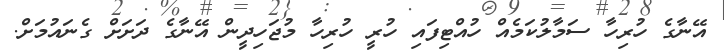
އޭނާގެ ހުރިހާ ސަމާލުކަމެއް ހުއްޓިފައި ހުރީ ހުރިހާ މުޖަހިދީން އޭނާގެ ދަށަށް ގެނައުމަށް.